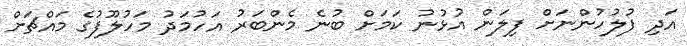
އަދި ފުލުހުންނަށް ފިލަން އުޅުނު ކަމަށް ބުނެ މެންބަރު އަހުމަދު މަހުލޫފުގެ މައްޗަށް